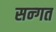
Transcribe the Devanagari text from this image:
सन्गत